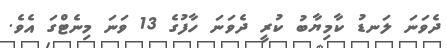
ދެވަނަ ލަނޑު ކާމިޔާބު ކުރީ ދެވަނަ ހާފުގެ 13 ވަނަ މިނެޓްގަ އެވެ.